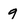
Character: 9